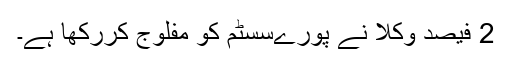
2 فیصد وکلا نے پورےسسٹم کو مفلوج کررکھا ہے۔